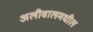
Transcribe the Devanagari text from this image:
अलीवालमधील